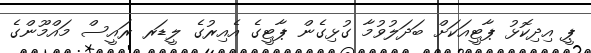
ޕީ އިދިކޮޅު ޕާޓީއަކަށް ބަދަލުވުމާ ގުޅިގެން ޕާޓީގެ އެއިރުގެ ލީޑަރ ރައީސް މައްމޫންގެ